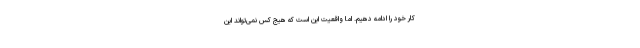
کار خود را ادامه دهیم. اما واقعیت این است که هیج کس نمی‌تواند این